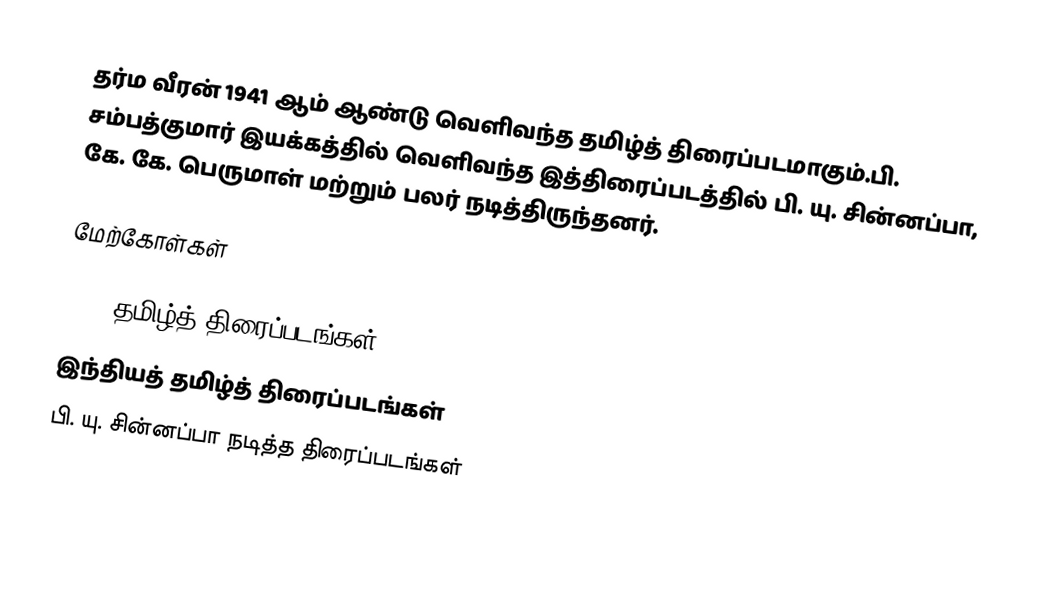
தர்ம வீரன் 1941 ஆம் ஆண்டு வெளிவந்த தமிழ்த் திரைப்படமாகும்.பி. சம்பத்குமார் இயக்கத்தில் வெளிவந்த இத்திரைப்படத்தில் பி. யு. சின்னப்பா, கே. கே. பெருமாள் மற்றும் பலர் நடித்திருந்தனர்.

மேற்கோள்கள்

1941 தமிழ்த் திரைப்படங்கள்
இந்தியத் தமிழ்த் திரைப்படங்கள்
பி. யு. சின்னப்பா நடித்த திரைப்படங்கள்